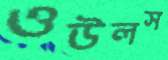
ওউলস